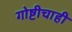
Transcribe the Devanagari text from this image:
गोष्टीचाही